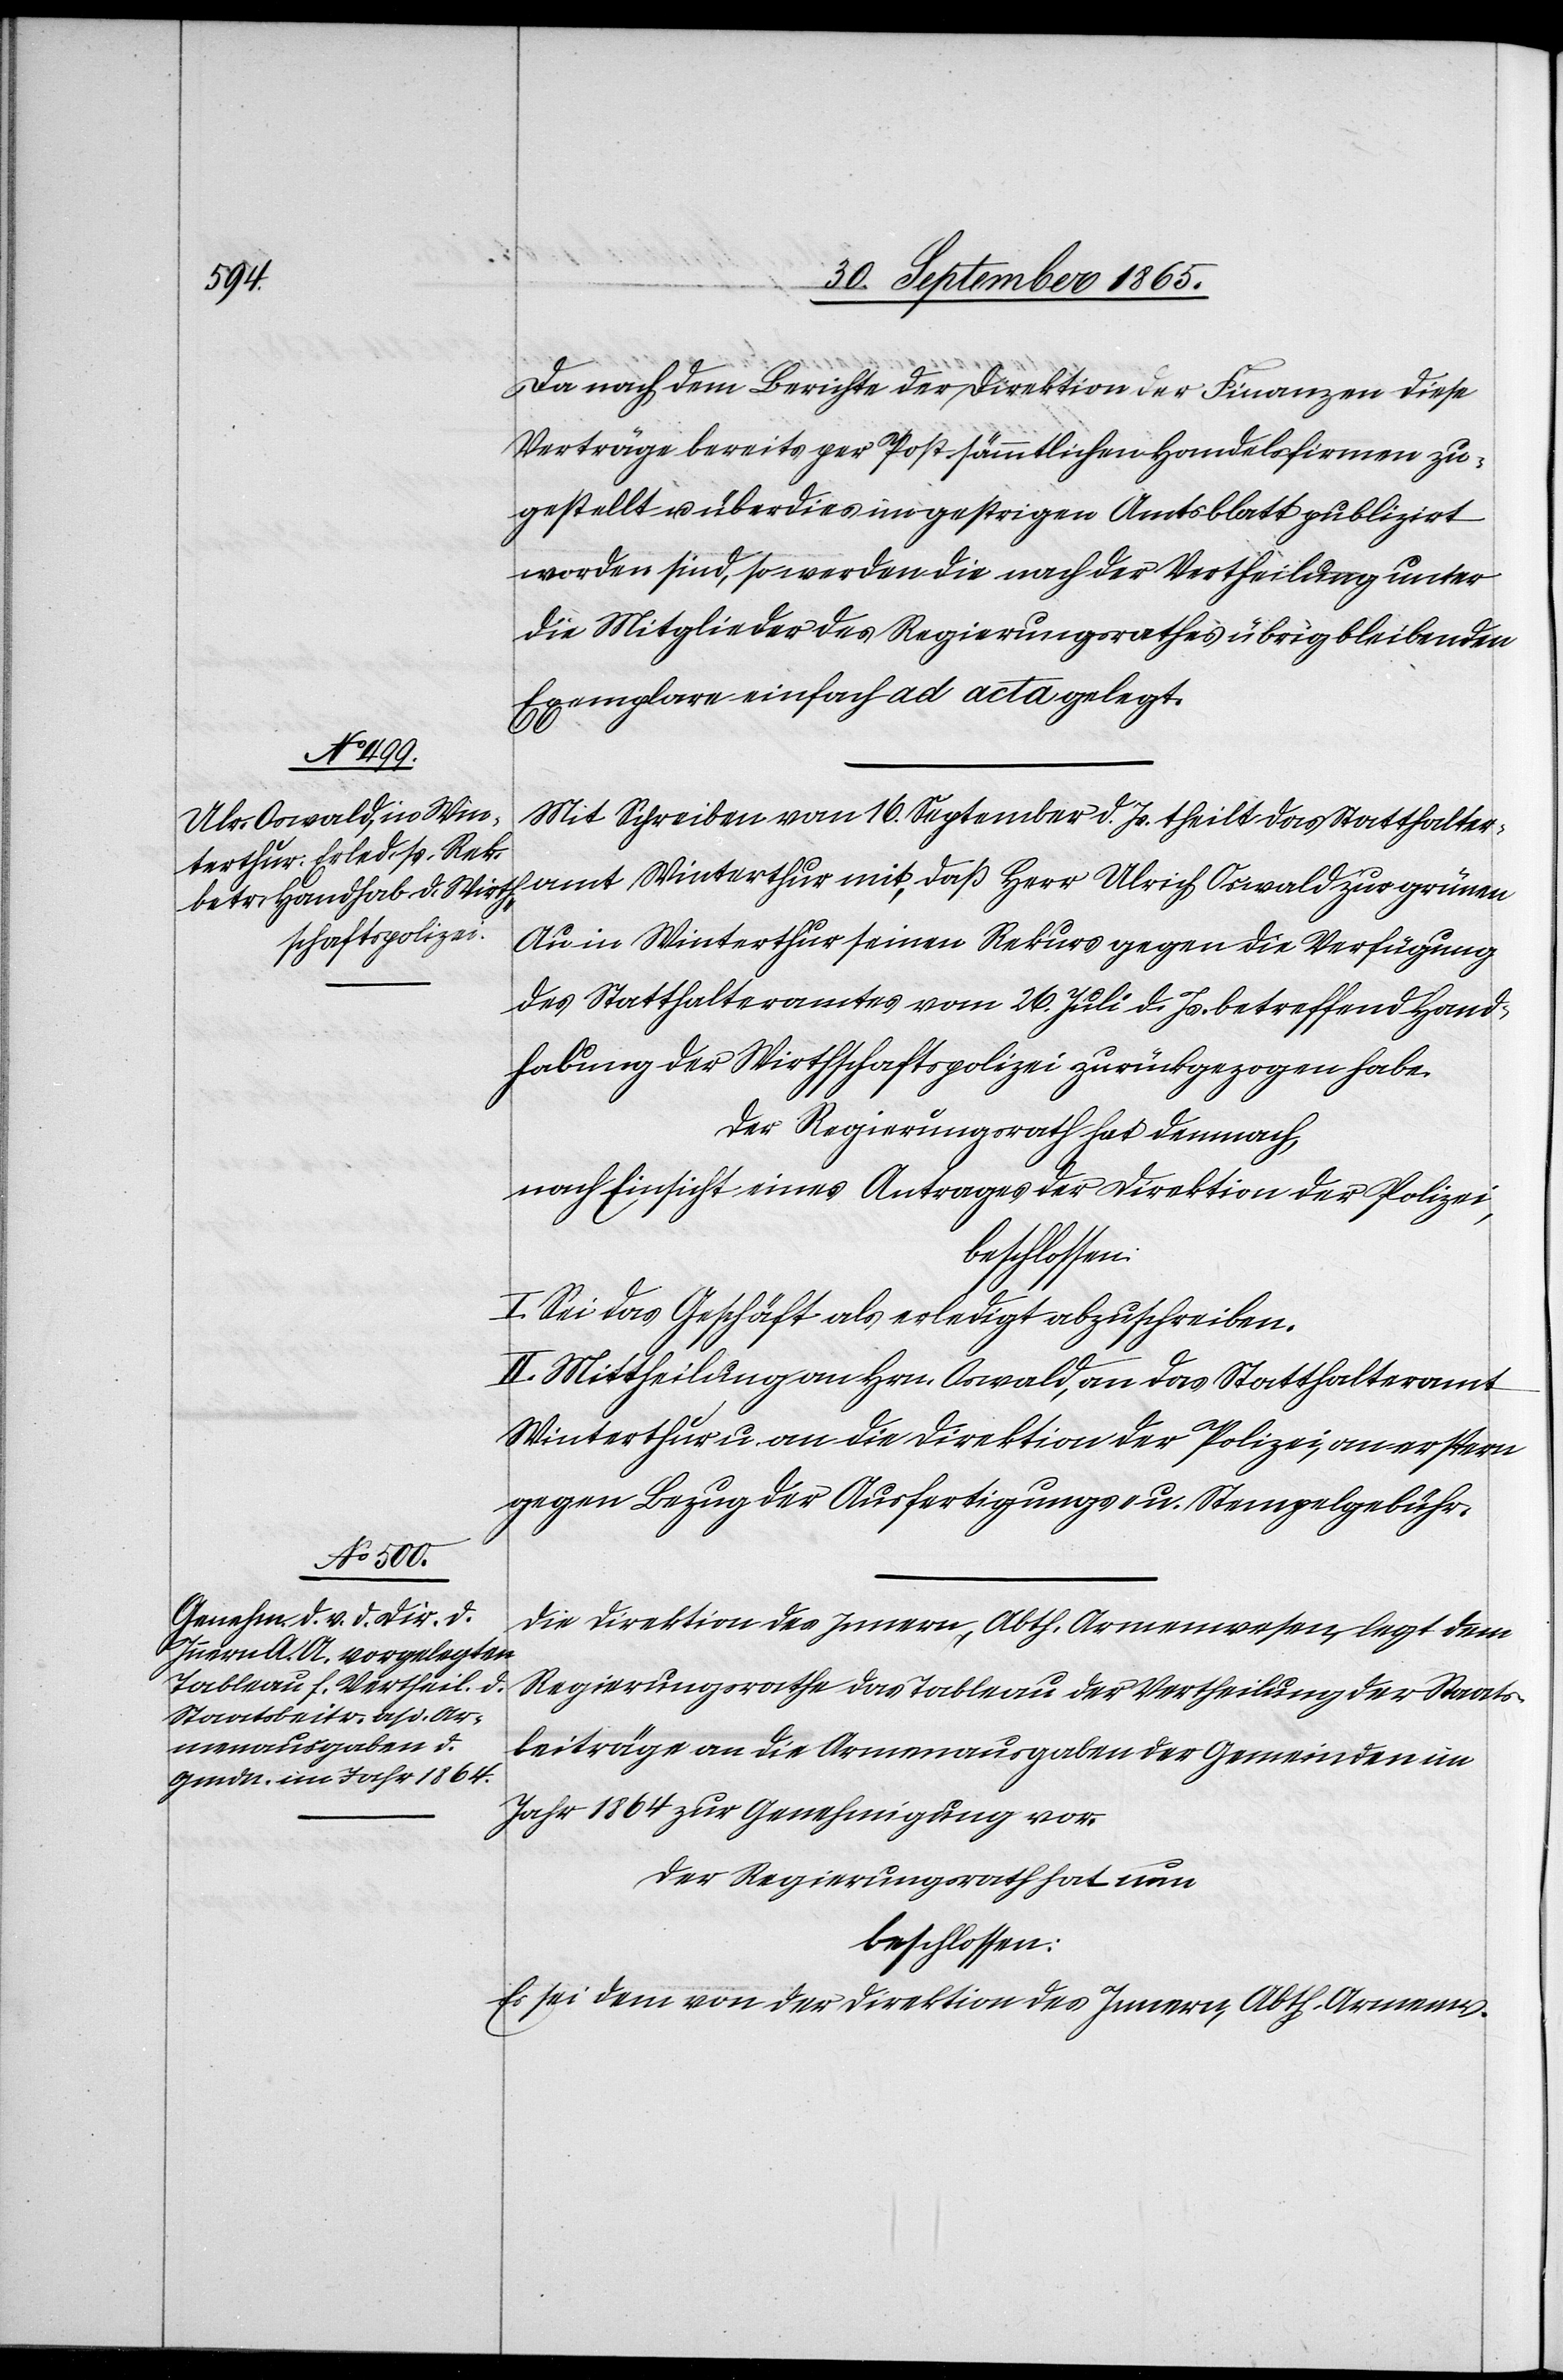
Da nach dem Berichte der Direktion der Finanzen diese
Verträge bereits per Post sämmtlichen Handelsfirmen zu¬
gestellt u. überdies im gestrigen Amtsblatt publizirt
worden sind, so werden die nach der Vertheilung unter
die Mitglieder des Regierungsrathes übrig bleibenden
Exemplare einfach ad acta gelegt.
Mit Schreiben vom 16. September d. Js. theilt das Statthalter¬
amt Winterthur mit, daß Herr Ulrich Oswald zur grünen
Au in Winterthur seinen Rekurs gegen die Verfügung
des Statthalteramtes vom 26. Juli d. Js. betreffend Hand¬
habung der Wirthschaftspolizei zurückgezogen habe.
Der Regierungsrath hat demnach,
nach Einsicht eines Antrages der Direktion der Polizei,
I. Sei das Geschäft als erledigt abzuschreiben.
II. Mittheilung an Hrn. Oswald, an das Statthalteramt
Winterthur u. an die Direktion der Polizei, an erstern
gegen Bezug der Ausfertigungs- u. Stempelgebühr.
Die Direktion des Innern, Abth. Armenwesen, legt dem
Regierungsrathe das Tableau der Vertheilung der Staats¬
beiträge an die Armenausgaben der Gemeinden im
Jahr 1864 zur Genehmigung vor.
Der Regierungsrath hat nun
beschlossen:
Es sei dem von der Direktion des Innern, Abth. Armenw.